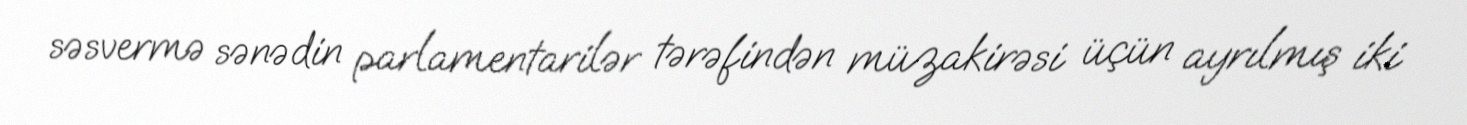
səsvermə sənədin parlamentarilər tərəfindən müzakirəsi üçün ayrılmış iki